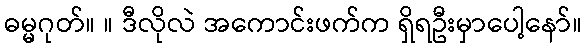
ဓမ္မဂုတ်။ ။ ဒီလိုလဲ အကောင်းဖက်က ရှိရဦးမှာပေါ့နော်။